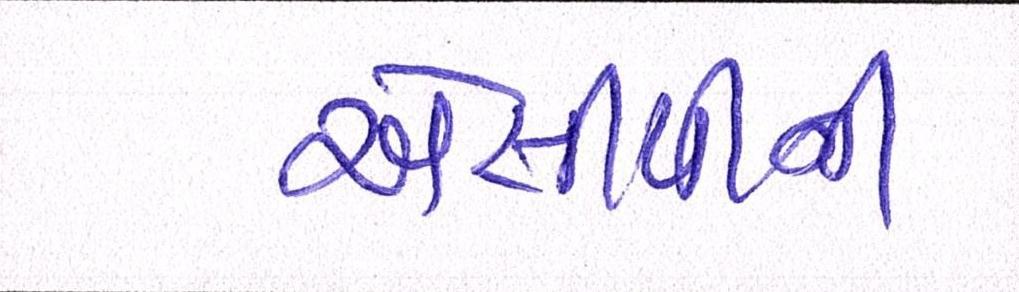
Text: એસીપીની